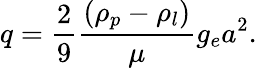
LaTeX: q=\frac{2}{9}\frac{(\rho_{p}-\rho_{l})}{\mu}g_{e}a^{2}.